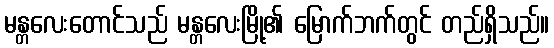
မန္တလေးတောင်သည် မန္တလေးမြို့၏ မြောက်ဘက်တွင် တည်ရှိသည်။